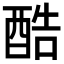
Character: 酷